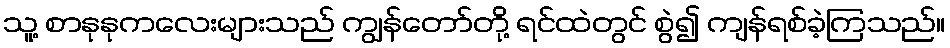
သူ့ စာနုနုကလေးများသည် ကျွန်တော်တို့ ရင်ထဲတွင် စွဲ၍ ကျန်ရစ်ခဲ့ကြသည်။